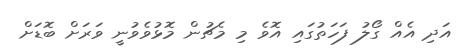
އަދި އެއް ގޯލު ފަހަތުގައި އޮވެ މި މެޗުން މޮޅުވެވުނީ ވަރަށް ބޮޑަށް